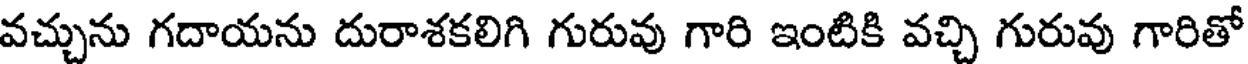
వచ్చును గదాయను దురాశకలిగి గురువు గారి ఇంటికి వచ్చి గురువు గారితో